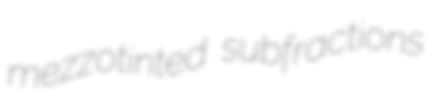
mezzotinted subfractions